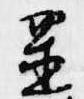
置